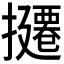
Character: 𪮸